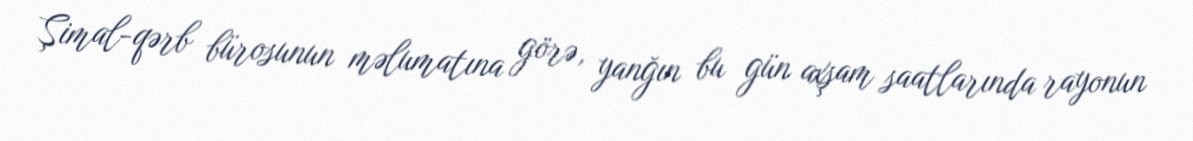
Şimal-qərb bürosunun məlumatına görə, yanğın bu gün axşam saatlarında rayonun